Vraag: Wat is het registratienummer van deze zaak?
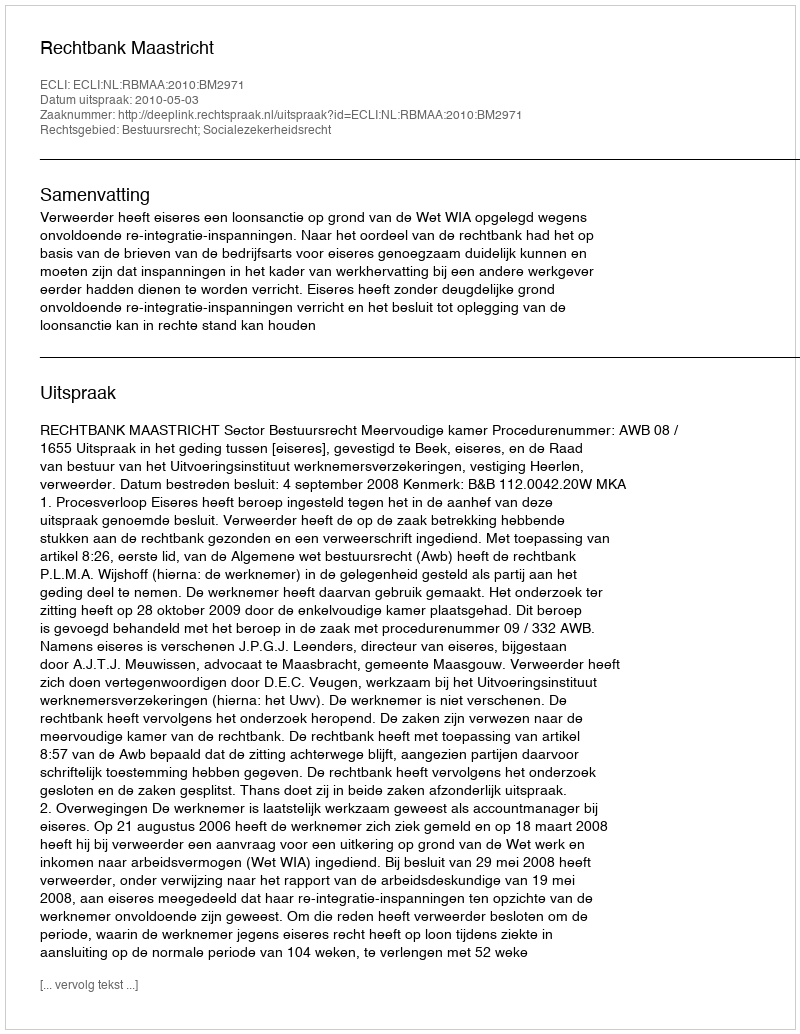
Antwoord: http://deeplink.rechtspraak.nl/uitspraak?id=ECLI:NL:RBMAA:2010:BM2971